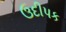
ઉદીપક